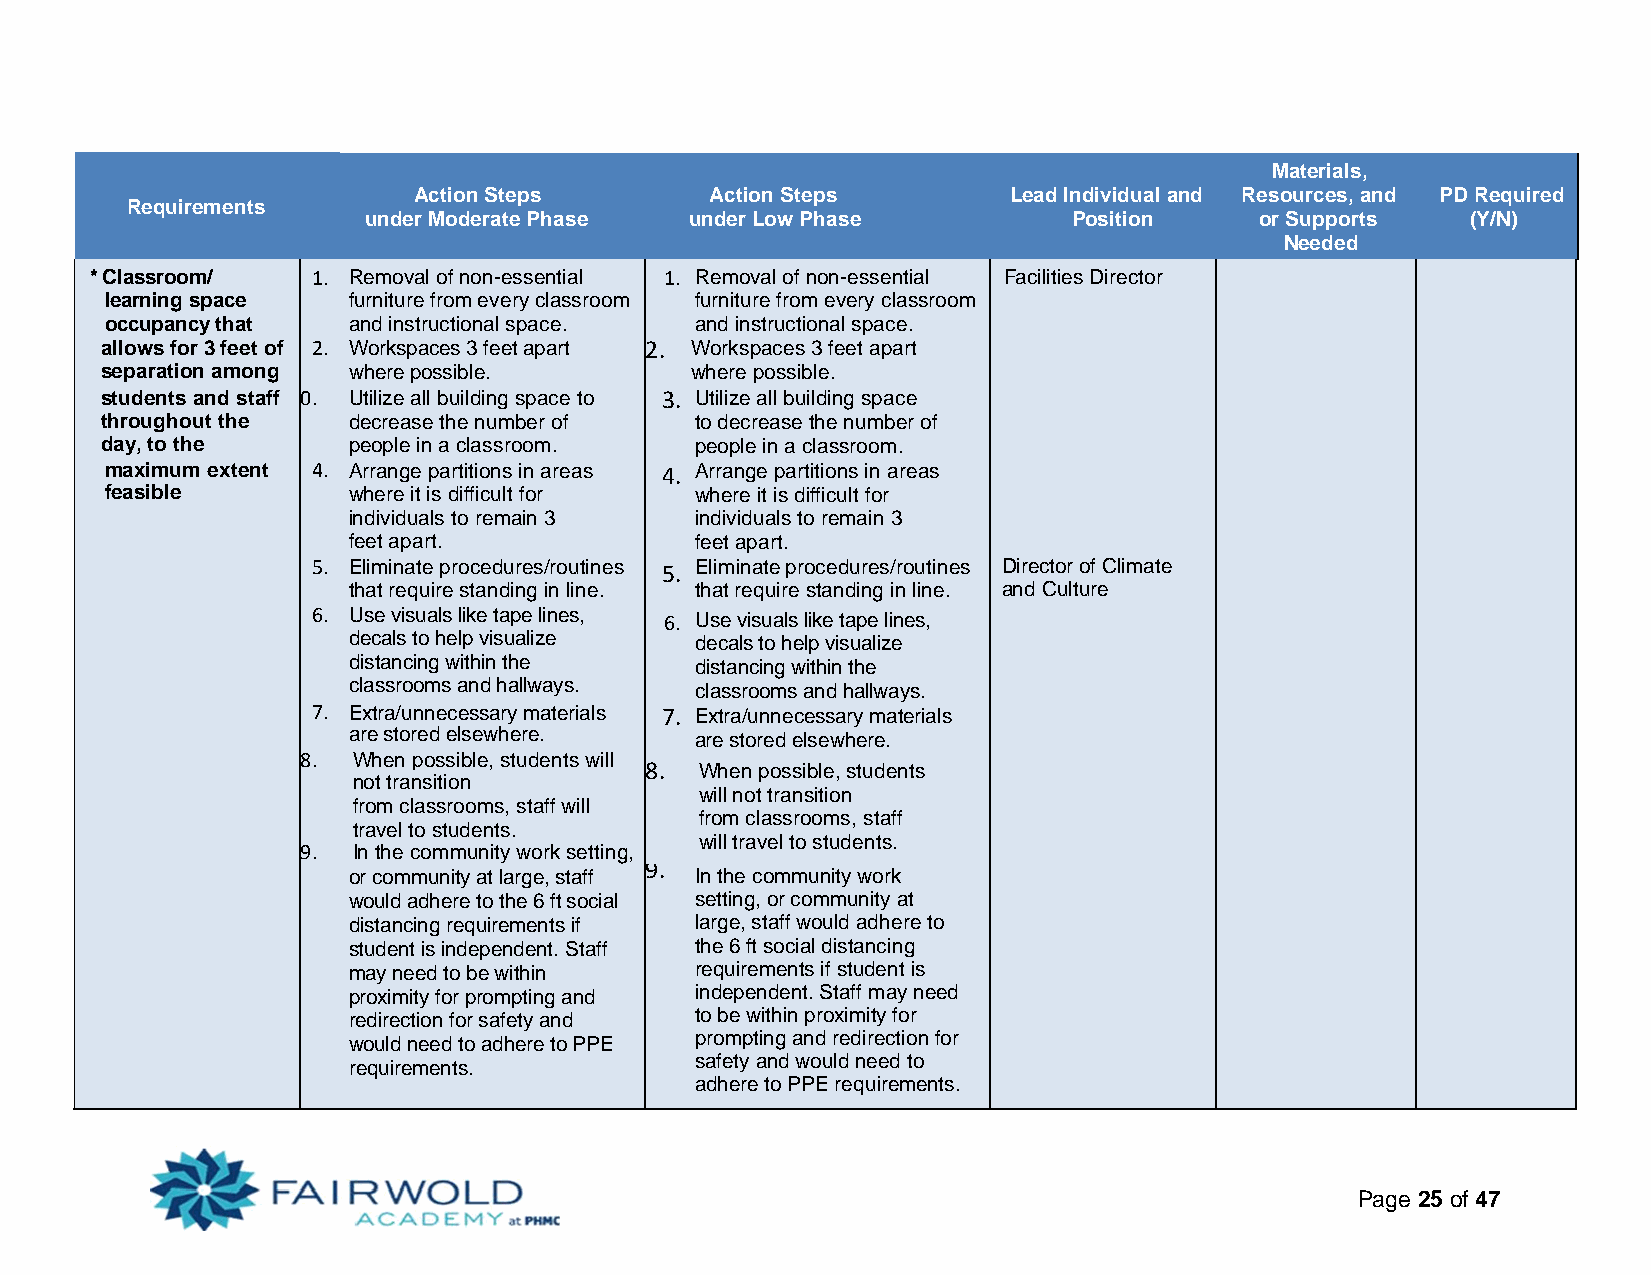
Materials,
 Action Steps        Action Steps        Lead Individual and Resources, and PD Required
 Requirements
 under Moderate Phase  under Low Phase          Position    or Supports   (Y/N)
 Needed
 * Classroom/   1. Removal of non-essential 1. Removal of non-essential Facilities Director
 learning space  furniture from every classroom furniture from every classroom
 occupancy that  and instructional space. and instructional space.
 allows for 3 feet of 2. Workspaces 3 feet apart 2. Workspaces 3 feet apart
 separation among where possible.       where possible.
 students and staff 0. Utilize all building space to 3. Utilize all building space
 throughout the  decrease the number of to decrease the number of
 day, to the     people in a classroom. people in a classroom.
 maximum extent 4. Arrange partitions in areas 4. Arrange partitions in areas
 feasible        where it is difficult for where it is difficult for
 individuals to remain 3 individuals to remain 3
 feet apart.            feet apart.
 5. Eliminate procedures/routines 5. Eliminate procedures/routines Director of Climate
 that require standing in line. that require standing in line. and Culture
 6. Use visuals like tape lines, 6. Use visuals like tape lines,
 decals to help visualize decals to help visualize
 distancing within the  distancing within the
 classrooms and hallways. classrooms and hallways.
 7. Extra/unnecessary materials 7. Extra/unnecessary materials
 are stored elsewhere.  are stored elsewhere.
 8. When possible, students will
 8. When possible, students
 not transition
 will not transition
 from classrooms, staff will
 from classrooms, staff
 travel to students.
 will travel to students.
 9. In the community work setting,
 9.
 or community at large, staff In the community work
 would adhere to the 6 ft social setting, or community at
 distancing requirements if large, staff would adhere to
 student is independent. Staff the 6 ft social distancing
 may need to be within  requirements if student is
 proximity for prompting and independent. Staff may need
 redirection for safety and to be within proximity for
 would need to adhere to PPE prompting and redirection for
 safety and would need to
 requirements.
 adhere to PPE requirements.
 Page 25 of 47